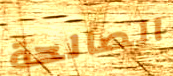
الصالحة